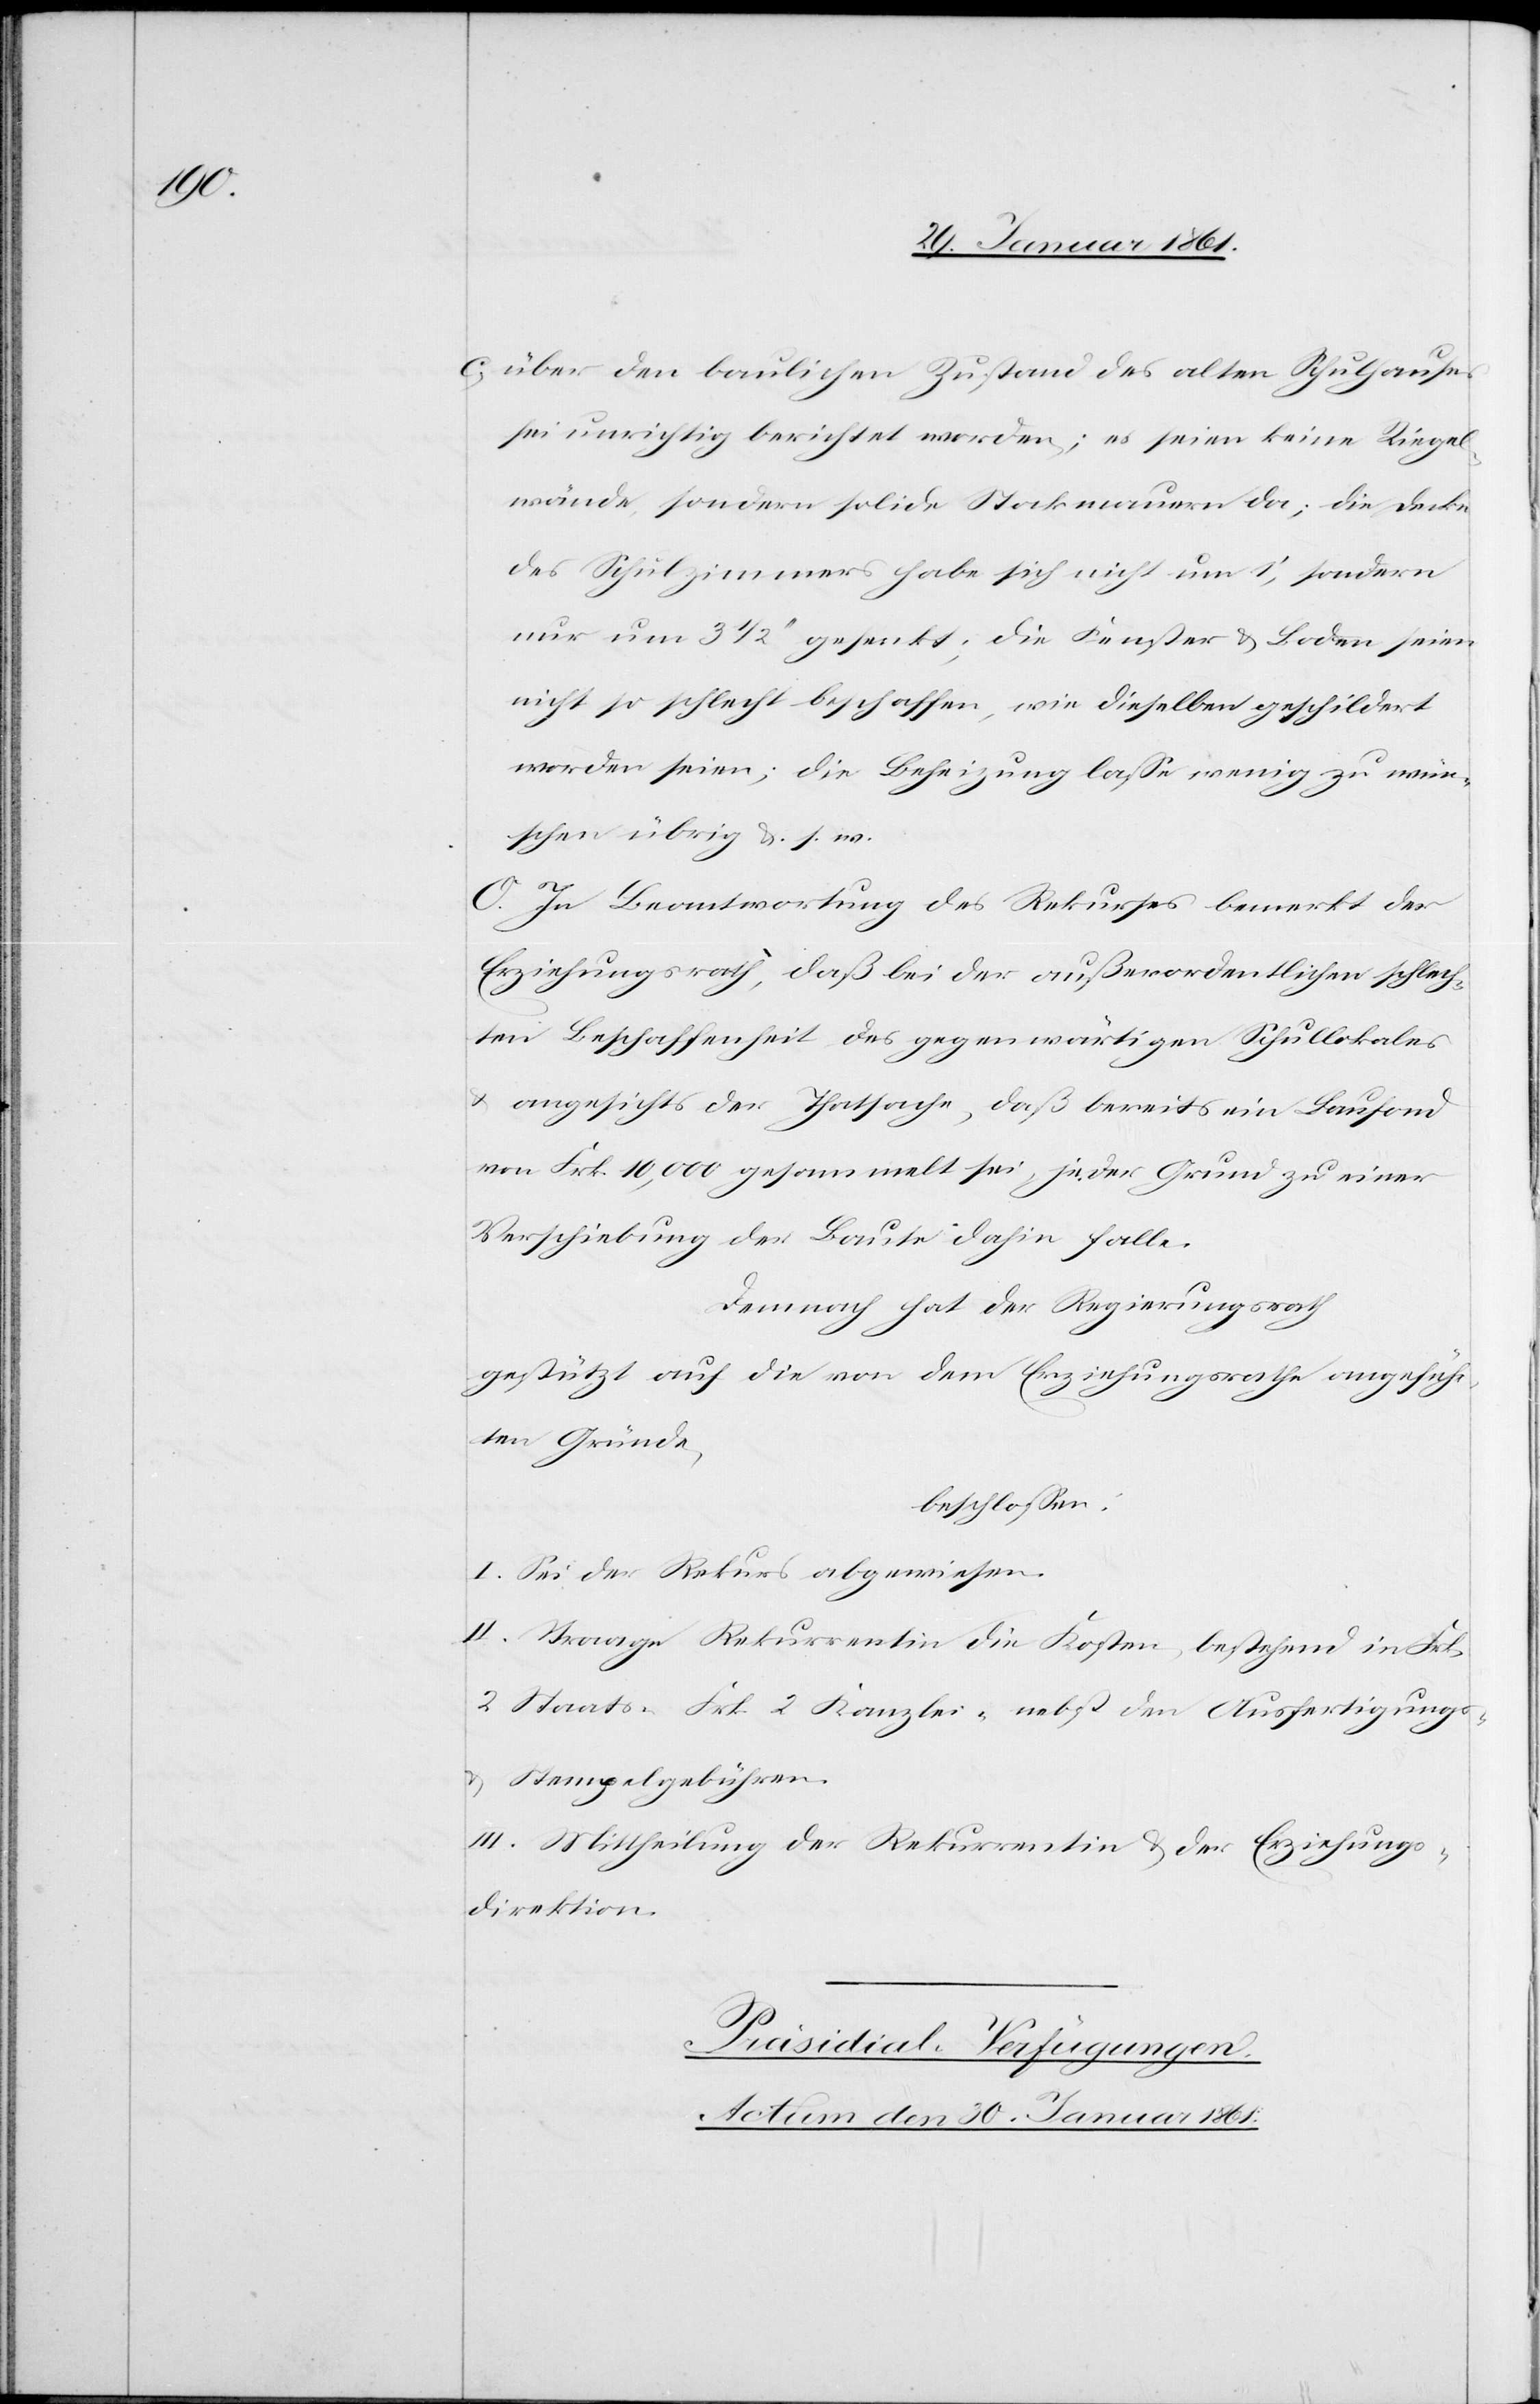
c) über den baulichen Zustand des alten Schulhauses
sei unrichtig berichtet worden; es seien keine Riegel¬
wände, sondern solide Stockmauern da; die Decke
des Schulzimmers habe sich nicht um 1’, sonder¬
n um 3 1/2’’ gesenkt; die Fenster u. Boden seien
nicht so schlecht beschaffen, wie dieselben geschildert
worden seien; die Beheizung lasse wenig zu wün¬
schen übrig u. s. w.
O. In Beantwortung des Rekurses bemerkt der
Erziehungsrath, daß bei der außerordentlichen schlech¬
ten Beschaffenheit des gegenwärtigen Schullokales
u. angesichts der Thatsache, daß bereits ein Baufond
von Frk. 10,000 gesammelt sei, jeder Grund zu einer
Verschiebung der Baute dahin falle.
Demnach hat der Regierungsrath
gestützt auf die von dem Erziehungsrathe angeführ¬
ten Gründe,
beschlossen:
I. Sei der Rekurs abgewiesen.
II. Trage Rekurrentin die Kosten, bestehend in Frk.
2 Staats[-,] Frk. 2 Kanzlei- nebst den Ausfertigungs-
u. Stempelgebühren.
III. Mittheilung der Rekurrenten u. der Erziehungs¬
direktion.
Präsidial-Verfügungen.
Actum den 30. Januar 1861.